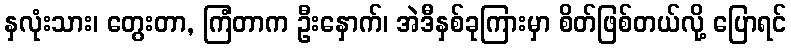
နှလုံးသား၊ တွေးတာ, ကြံတာက ဦးနှောက်၊ အဲဒီနှစ်ခုကြားမှာ စိတ်ဖြစ်တယ်လို့ ပြောရင်